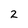
Character: 2